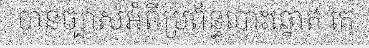
បានច្បាស់អំពីប្រព័ន្ធបោះឆ្នោត គេ